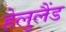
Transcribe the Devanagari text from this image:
हेलुलैंड